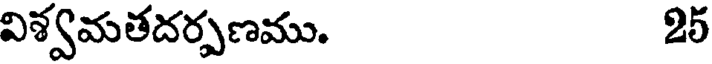
విశ్వమతదర్పణము. 25